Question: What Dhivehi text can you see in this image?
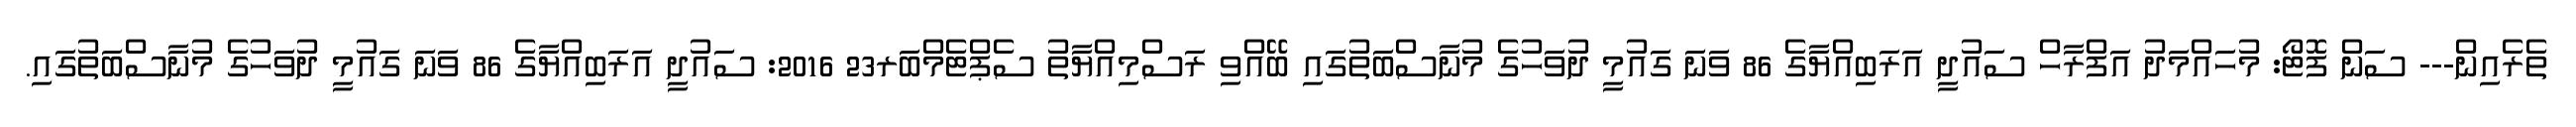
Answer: ތެރެއިން--- ސަން ފޮޓޯ: މުހައްމަދު އަފްރާހް ސައުދީ އަރަބިއްޔާގެ 86 ވަނަ ގައުމީ ދުވަހުގެ މުނާސްބަތުގައި ބޭއްވި ރަސްމިއްޔާތު ސެޕްޓެމްބަރ23 2016: ސައުދީ އަރަބިއްޔާގެ 86 ވަނަ ގައުމީ ދުވަހުގެ މުނާސްބަތުގައި.